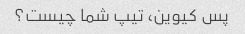
پس کیوین، تیپ شما چیست؟